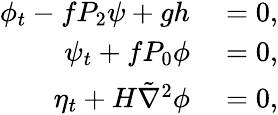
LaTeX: \begin{array}{rl}{\phi_{t}-fP_{2}\psi+gh}&{{}=0,}\\ {\psi_{t}+fP_{0}\phi}&{{}=0,}\\ {\eta_{t}+H\tilde{\nabla}^{2}\phi}&{{}=0,}\end{array}